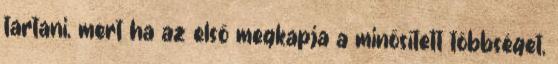
tartani, mert ha az első megkapja a minősített többséget,